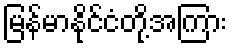
မြန်မာနိုင်ငံတို့အကြား